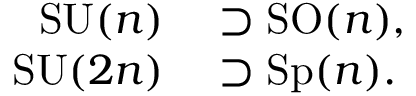
\begin{array} { r l } { \operatorname { S U } ( n ) } & { { } \supset \operatorname { S O } ( n ) , } \\ { \operatorname { S U } ( 2 n ) } & { { } \supset \operatorname { S p } ( n ) . } \end{array}